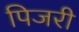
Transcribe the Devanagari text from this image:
पिजरी